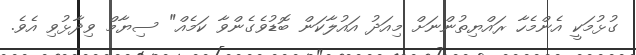
ގުޅުމަކީ އެންމެހާ ރައްޔިތުންނަށް މިއަދު އައުލާކަން ބޮޑުވެގެންވާ ކަމެއް" ސިޔާމް ވިދާޅުވި އެވެ.